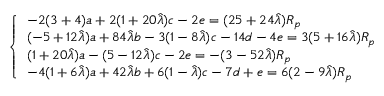
\left\{ \begin{array} { l l } { - 2 ( 3 + 4 ) a + 2 ( 1 + 2 0 \hat { \lambda } ) c - 2 e = ( 2 5 + 2 4 \hat { \lambda } ) R _ { p } } \\ { ( - 5 + 1 2 \hat { \lambda } ) a + 8 4 \hat { \lambda } b - 3 ( 1 - 8 \hat { \lambda } ) c - 1 4 d - 4 e = 3 ( 5 + 1 6 \hat { \lambda } ) R _ { p } } \\ { ( 1 + 2 0 \hat { \lambda } ) a - ( 5 - 1 2 \hat { \lambda } ) c - 2 e = - ( 3 - 5 2 \hat { \lambda } ) R _ { p } } \\ { - 4 ( 1 + 6 \hat { \lambda } ) a + 4 2 \hat { \lambda } b + 6 ( 1 - \hat { \lambda } ) c - 7 d + e = 6 ( 2 - 9 \hat { \lambda } ) R _ { p } } \end{array} \right.